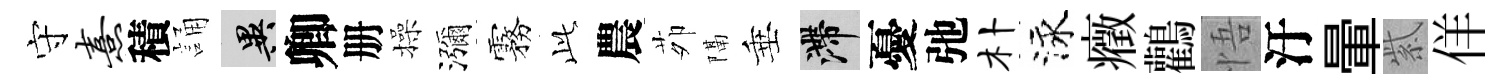
守熹積誦异卿册操瀰霧𬼘農茆隔垂滯憂弛朴泳癥鸛悟汙暈紫佯